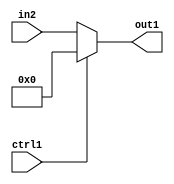
`timescale 1ps / 1ps
/*****************************************************************************
    Verilog RTL Description
    
    
    Created by: Stratus DpOpt 21.05.01 
*******************************************************************************/

module dut_N_Mux_10_2_54_4 (
	in2,
	ctrl1,
	out1
	); /* architecture "behavioural" */ 
input [9:0] in2;
input  ctrl1;
output [9:0] out1;
wire [9:0] asc001;

reg [9:0] asc001_tmp_0;
assign asc001 = asc001_tmp_0;
always @ (ctrl1 or in2) begin
	case (ctrl1)
		1'B1 : asc001_tmp_0 = 10'B0000000000 ;
		default : asc001_tmp_0 = in2 ;
	endcase
end

assign out1 = asc001;
endmodule

/* CADENCE  uLX4QgA= : u9/ySxbfrwZIxEzHVQQV8Q== ** DO NOT EDIT THIS LINE ******/